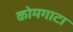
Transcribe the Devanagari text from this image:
कोमगाटा